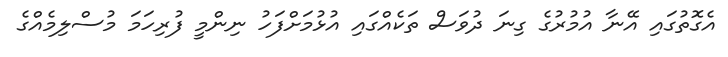
އެގޮތުގައި އޭނާ އުމުރުގެ ގިނަ ދުވަސް ތަކެއްގައި އުޅުމަށްފަހު ނިންމީ ފުރިހަމަ މުސްލިމެއްގެ